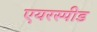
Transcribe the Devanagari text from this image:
एयरस्पीड